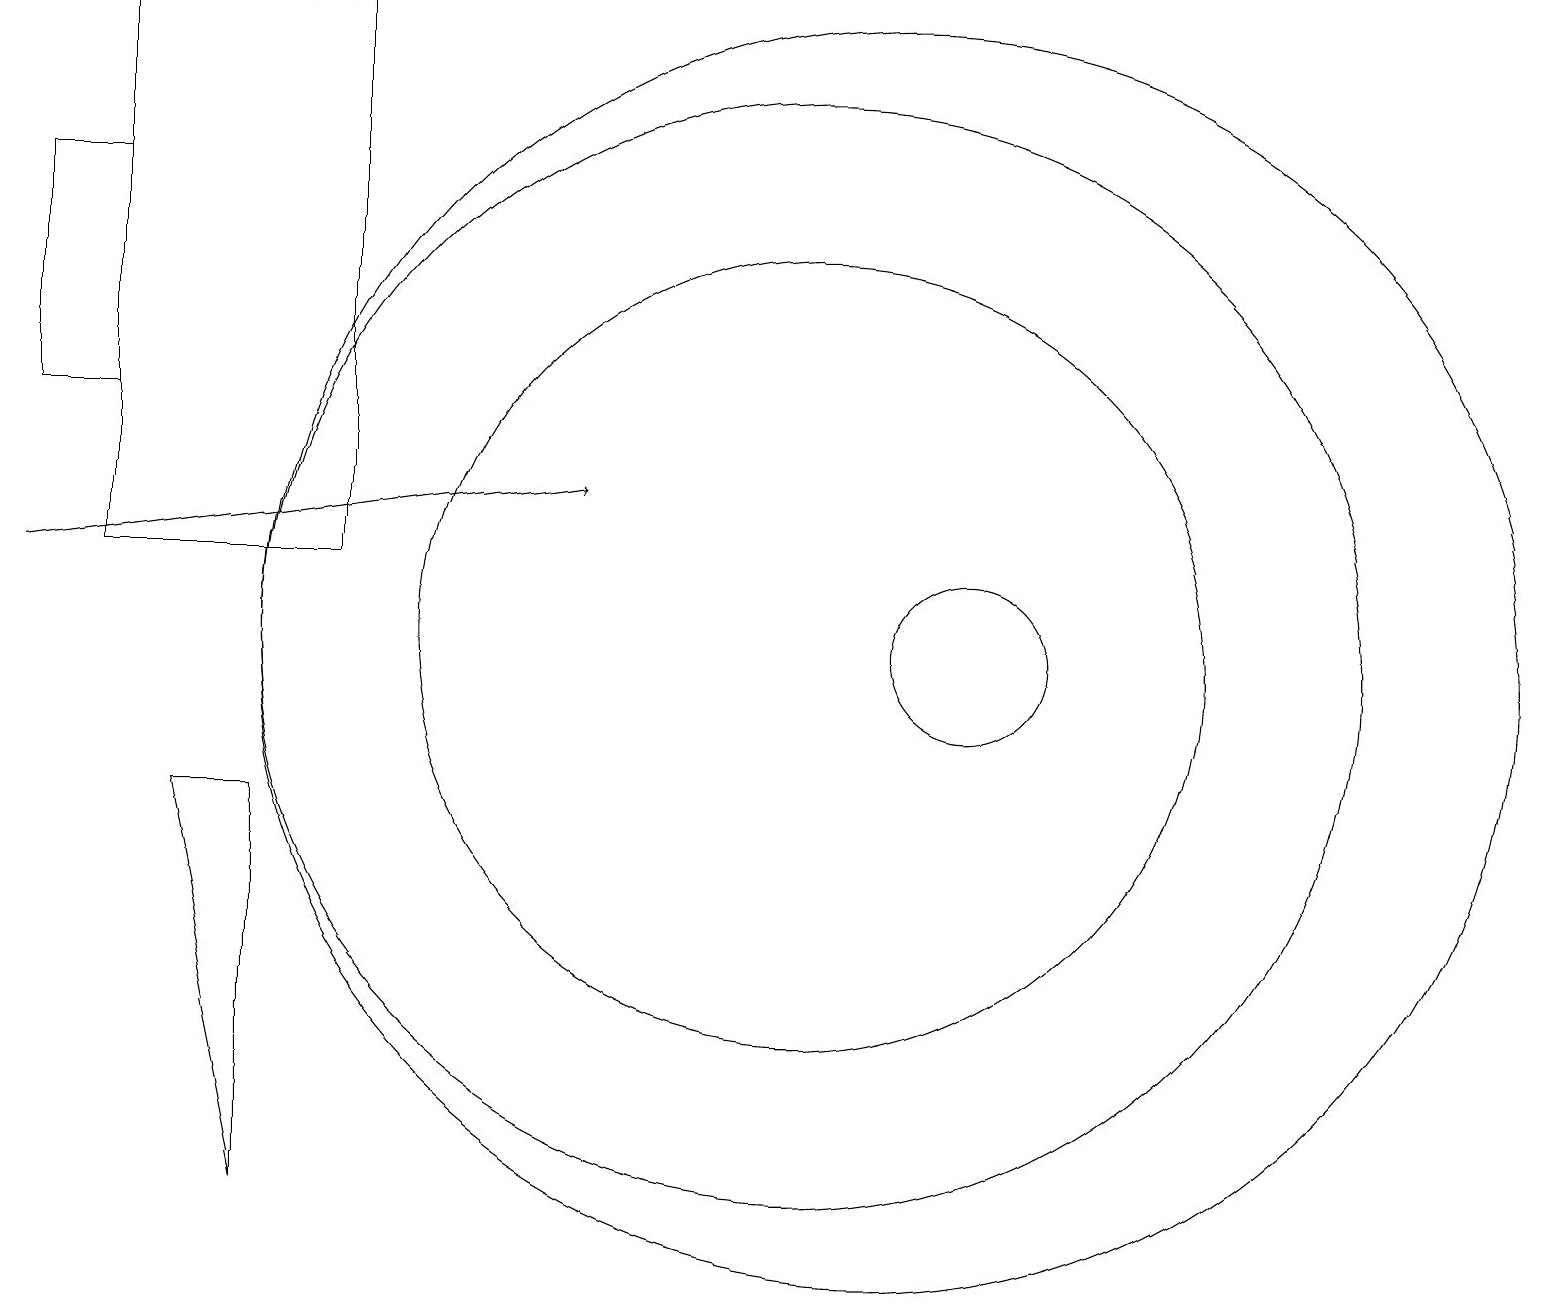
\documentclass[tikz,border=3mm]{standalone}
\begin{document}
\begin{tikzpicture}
\draw (12,10) circle (1);
\draw (3,8) -- (3,3) -- (2,8) -- cycle;
\draw (1,11) rectangle (4,18);
\draw (10,10) circle (7);
\draw (1,13) rectangle (0,16);
\draw[->] (0,11) -- (7,12);
\draw (11,10) circle (8);
\draw (10,10) circle (5);
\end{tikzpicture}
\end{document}